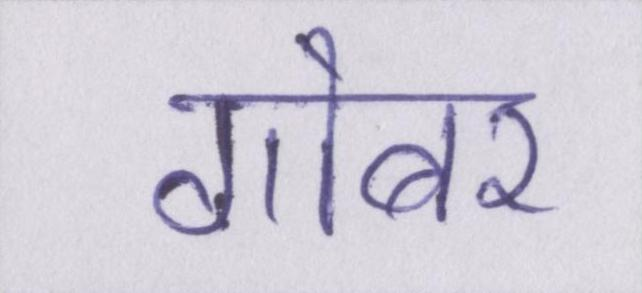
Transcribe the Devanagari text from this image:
गोबर